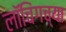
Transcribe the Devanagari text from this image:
लॉचिंगच्या